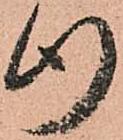
行